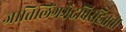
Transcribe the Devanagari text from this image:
जातिलिंगभेदविरहितता